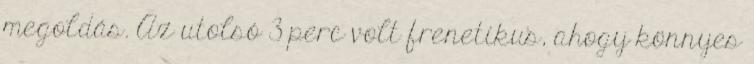
megoldás. Az utolsó 3 perc volt frenetikus, ahogy könnyes